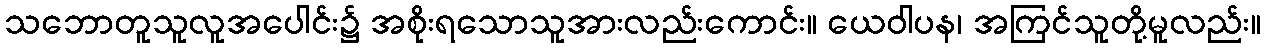
သဘောတူသူလူအပေါင်း၌ အစိုးရသောသူအားလည်းကောင်း။ ယေဝါပန၊ အကြင်သူတို့မူလည်း။